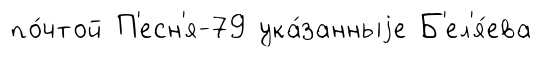
по́чтой П'есн'я-79 ука́занныjе Б'ел'я́ева